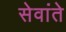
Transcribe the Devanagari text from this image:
सेवांते